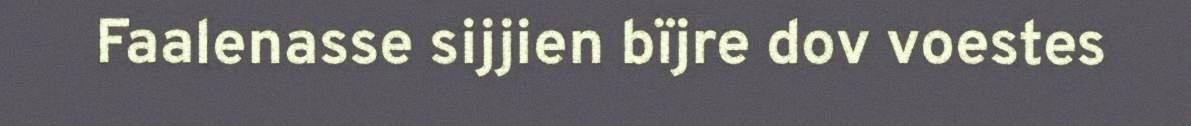
Faalenasse sijjien bïjre dov voestes